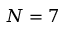
N = 7